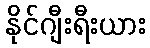
နိုင်ဂျီးရီးယား